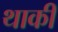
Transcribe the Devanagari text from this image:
थाकी